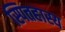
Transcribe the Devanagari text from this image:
स्पितहास्य